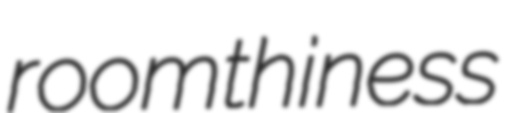
roomthiness